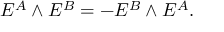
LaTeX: E ^ { A } \wedge E ^ { B } = - E ^ { B } \wedge E ^ { A } .